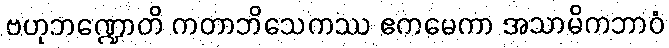
ဗဟုဘဏ္ဍောတိ ကတာဘိသေကဿ ဧကမေကာ အသာမိကဘာဝံ